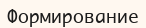
Формирование